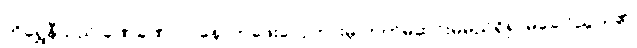
ကိုရွှေနီသည် ခဏခဏပင် နောက်ဖေးလှေကားမှ တက်မိဆင်းမိမည်ရှိ၍ မခေါင်ညွယ်၏